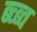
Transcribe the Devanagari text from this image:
ब्च्ब्व